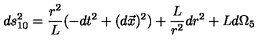
d s _ { 1 0 } ^ { 2 } = \frac { r ^ { 2 } } { L } ( - d t ^ { 2 } + ( d \vec { x } ) ^ { 2 } ) + \frac { L } { r ^ { 2 } } d r ^ { 2 } + L d \Omega _ { 5 }